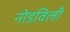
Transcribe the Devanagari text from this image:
नोडविली